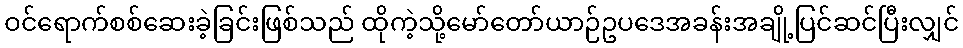
ဝင်ရောက်စစ်ဆေးခဲ့ခြင်းဖြစ်သည် ထိုကဲ့သို့မော်တော်ယာဉ်ဥပဒေအခန်းအချို့ပြင်ဆင်ပြီးလျှင်